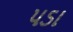
પડા